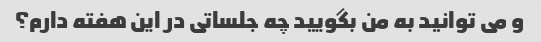
و می توانید به من بگویید چه جلساتی در این هفته دارم؟